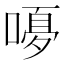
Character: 𭉿